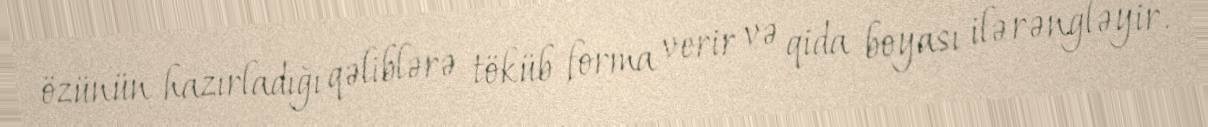
özünün hazırladığı qəliblərə töküb forma verir və qida boyası ilə rəngləyir.